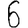
Digit: 6